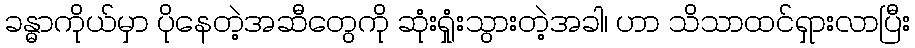
ခန္ဓာကိုယ်မှာ ပိုနေတဲ့အဆီတွေကို ဆုံးရှုံးသွားတဲ့အခါ၊ ဟာ သိသာထင်ရှားလာပြီး